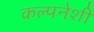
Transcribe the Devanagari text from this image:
कल्पनेशी